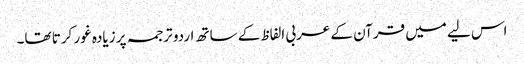
اس لیے میں قرآن کے عربی الفاظ کے ساتھ اردو ترجمہ پر زیادہ غور کرتا تھا۔